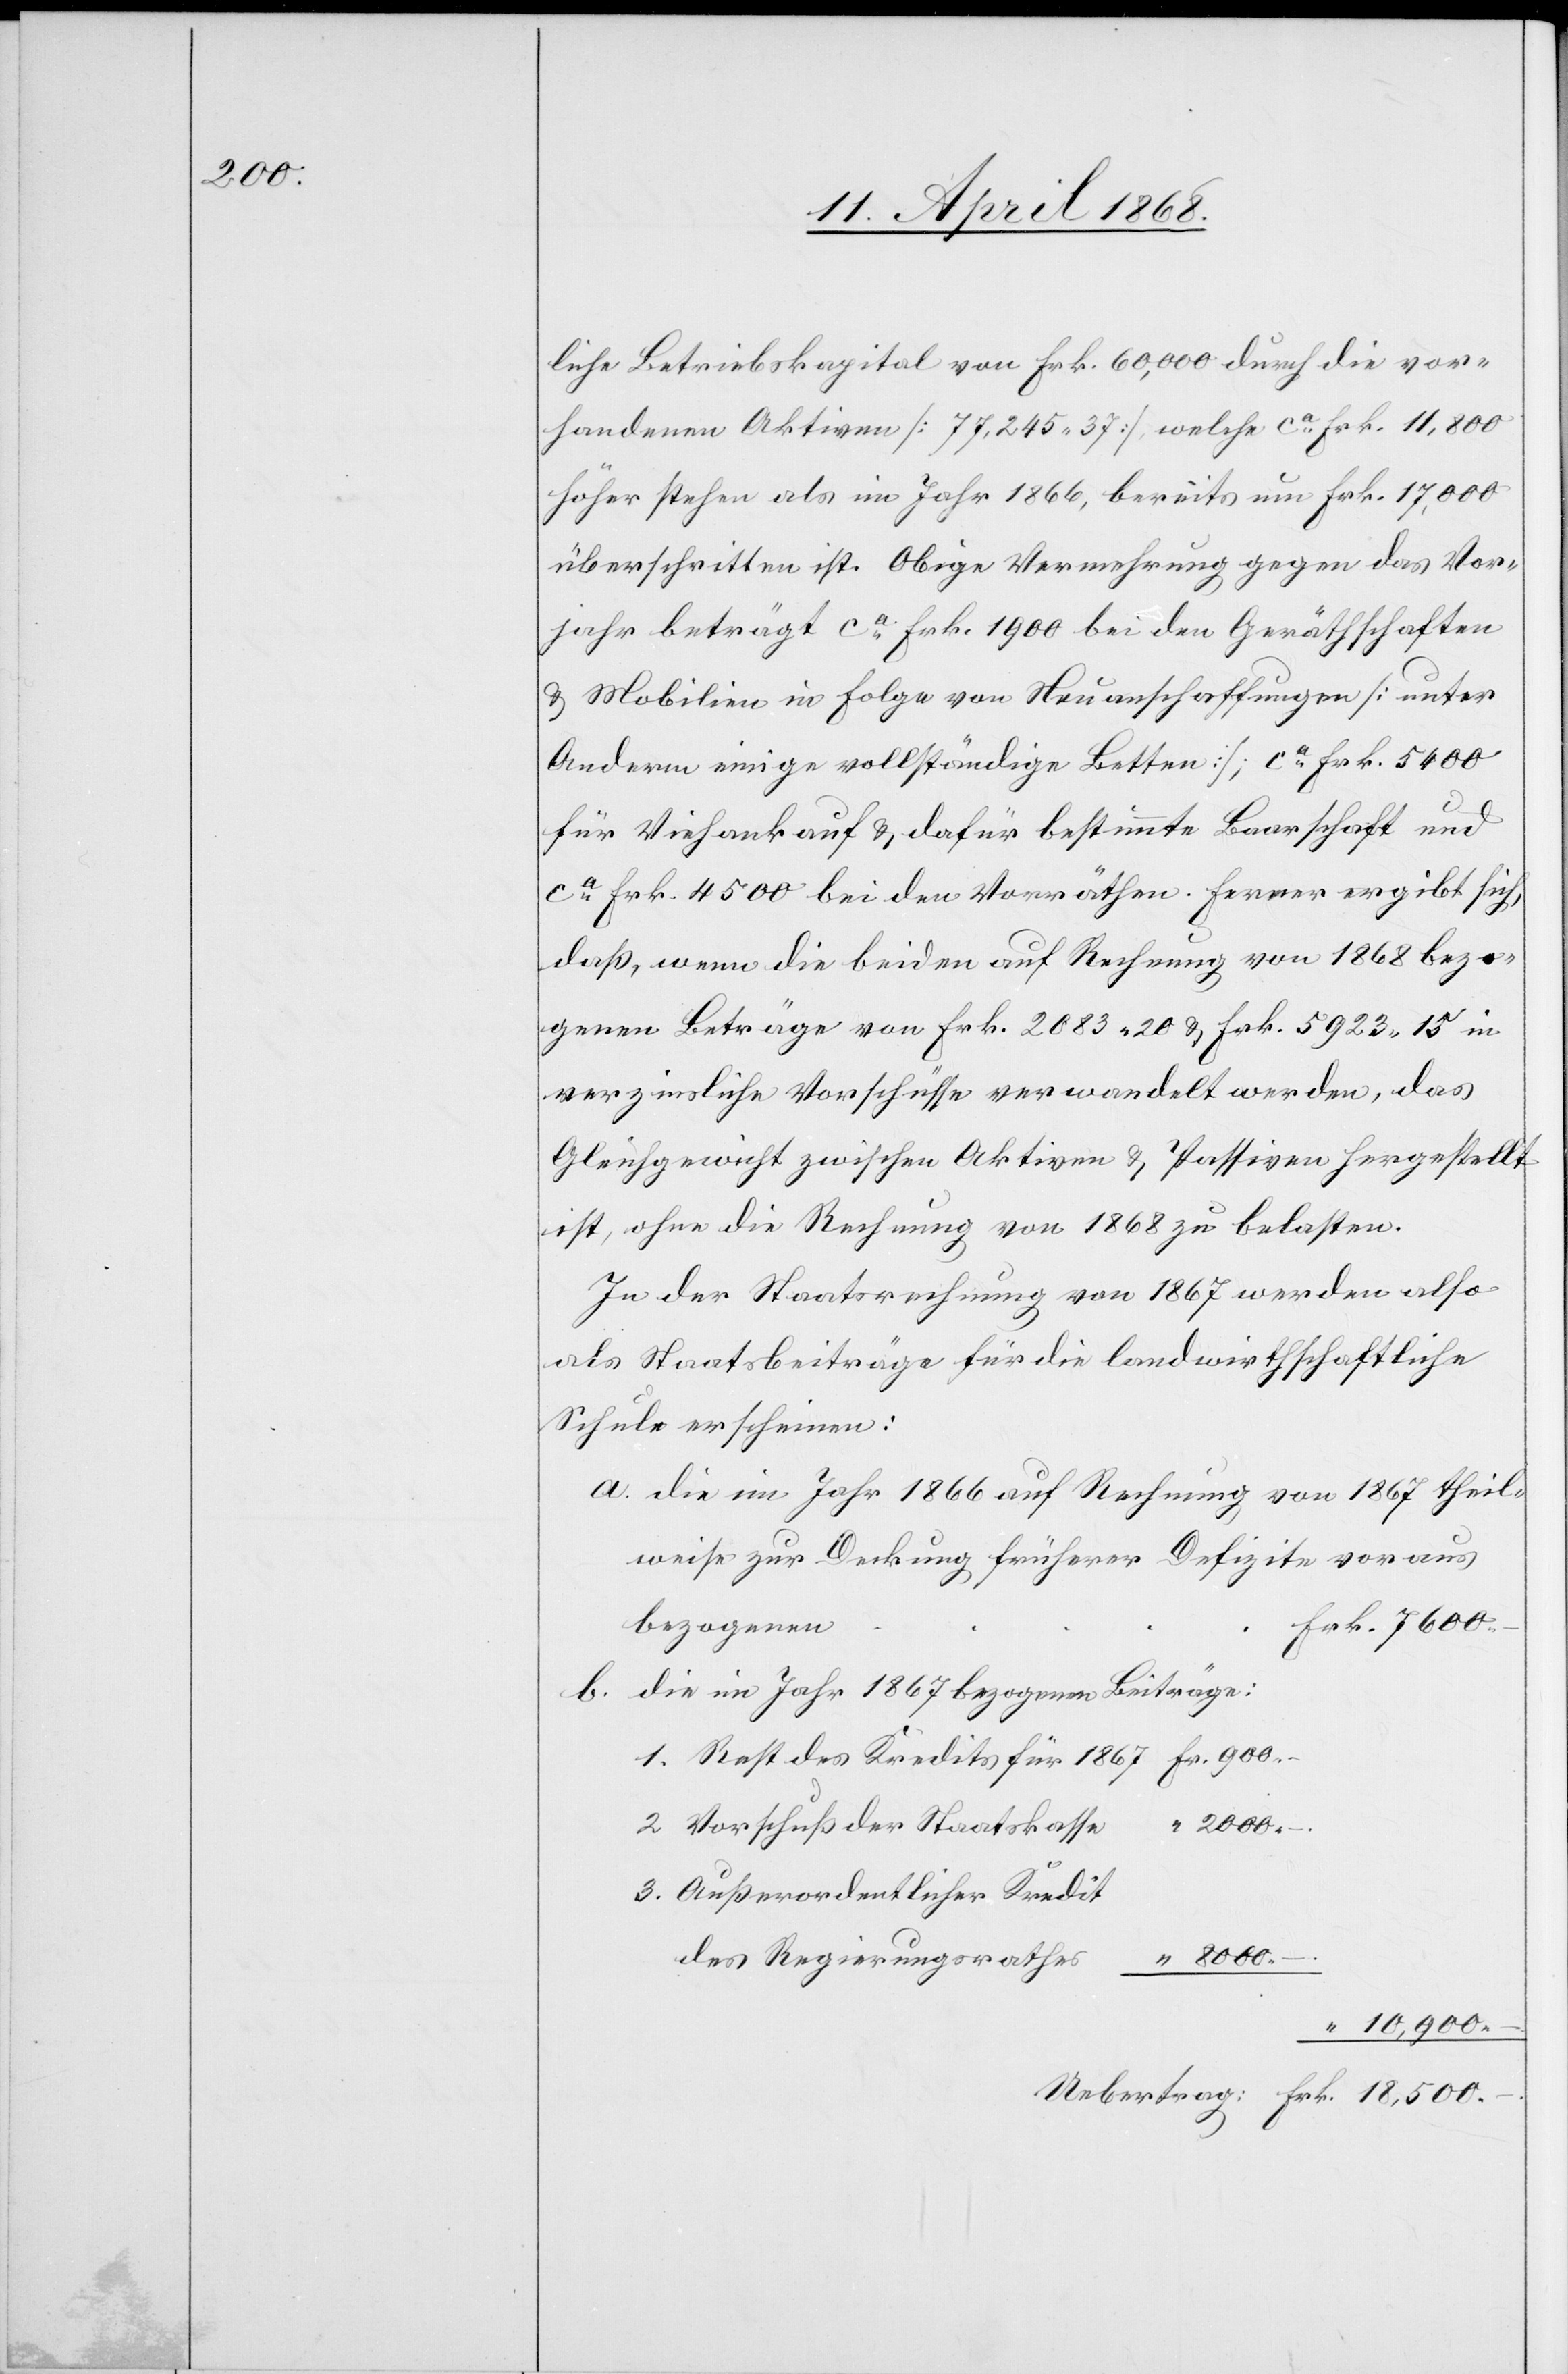
900.

liche Betriebskapital von Frk. 60,000 durch die vor¬
handenen Aktiven [77,245. 37], welche ca. Frk. 11,800
höher stehen als im Jahr 1866, bereits um Frk. 17,000
überschritten ist. Obige Vermehrung gegen das Vor¬
jahr beträgt ca. Frk. 1900 bei den Geräthschaften
& Mobilien in Folge von Neuanschaffungen [unter
Anderm einige vollständige Betten], ca. Frk. 5400
für Viehankauf & dafür bestimmte Baarschaft und
ca. Frk. 4500 bei den Vorräthen. Ferner ergibt sich,
daß, wenn die beiden auf Rechnung von 1868 bezo¬
genen Beträge von Frk. 2083. 20 & Frk. 5923. 15 in
verzinsliche Vorschüsse verwandelt werden, das
Gleichgewicht zwischen Aktiven & Passiven hergestellt
ist, ohne die Rechnung von 1868 zu belasten.
In der Staatsrechnung von 1867 werden also
als Staatsbeiträge für die landwirthschaftliche
Schule erscheinen:
die im Jahr 1866 auf Rechnung von 1867 theil¬
weise zur Deckung früherer Defizite voraus
Frk. 18,500.
bezogenen
2.
die im Jahr 1867 bezogenen Beiträge:
Vorschuß der Staatskasse
“ 8000. –.
Außerordentlicher Kredit
–.
des Regierungsrathes
“ 10,900. –